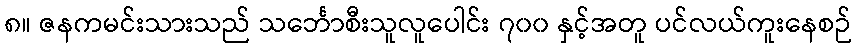
၈။ ဇနကမင်းသားသည် သင်္ဘောစီးသူလူပေါင်း ၇၀၀ နှင့်အတူ ပင်လယ်ကူးနေစဉ်